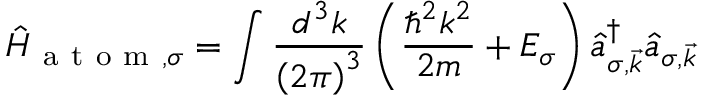
\hat { H } _ { \mathrm { ~ a ~ t ~ o ~ m ~ } , \sigma } = \int \frac { d ^ { 3 } k } { \left( 2 \pi \right) ^ { 3 } } \left( \frac { \hbar ^ { 2 } k ^ { 2 } } { 2 m } + E _ { \sigma } \right) \hat { a } _ { \sigma , \vec { k } } ^ { \dagger } \hat { a } _ { \sigma , \vec { k } }